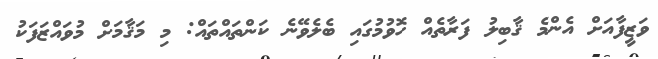
ވަޒީފާއަށް އެންމެ ޤާބިލު ފަރާތެއް ހޮވުމުގައި ބެލެވޭނެ ކަންތައްތައް: މި މަޤާމަށް މުވައްޒަފަކު